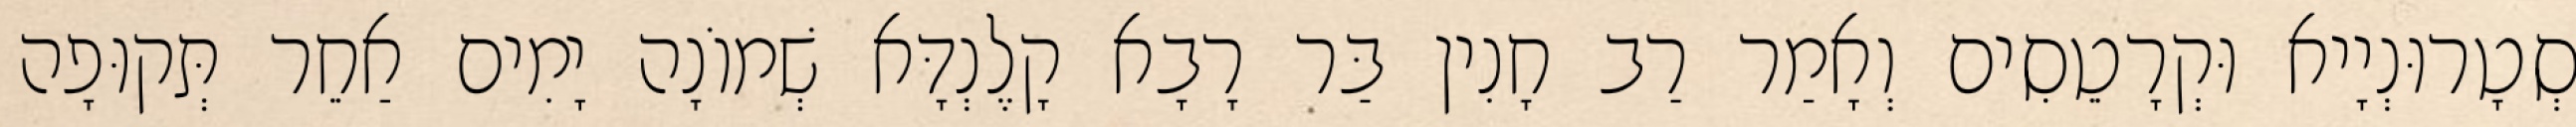
סְטָרוּנְיָיא וּקְרָטֵסִים וְאָמַר רַב חָנִין בַּר רָבָא קָלֶנְדָּא שְׁמוֹנָה יָמִים אַחֵר תְּקוּפָה